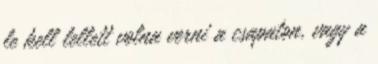
le kell lellett volna verni a csapaton, vagy a